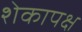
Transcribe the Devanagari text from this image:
शेकापक्ष